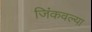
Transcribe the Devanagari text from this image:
जिंकवल्या